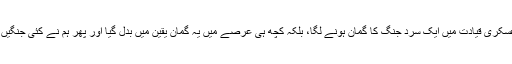
سیاسی اور عسکری قیادت میں ایک سرد جنگ کا گمان ہونے لگا، بلکہ کچھ ہی عرصے میں یہ گمان یقین میں بدل گیا اور پھر ہم نے کئی جنگیں بھی دیکھیں۔